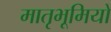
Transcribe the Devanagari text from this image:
मातृभूमियों